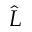
\hat { L }